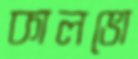
কালভো